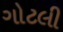
ગોટલી